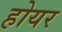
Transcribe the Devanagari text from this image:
होयर